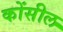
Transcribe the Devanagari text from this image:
कोंसील